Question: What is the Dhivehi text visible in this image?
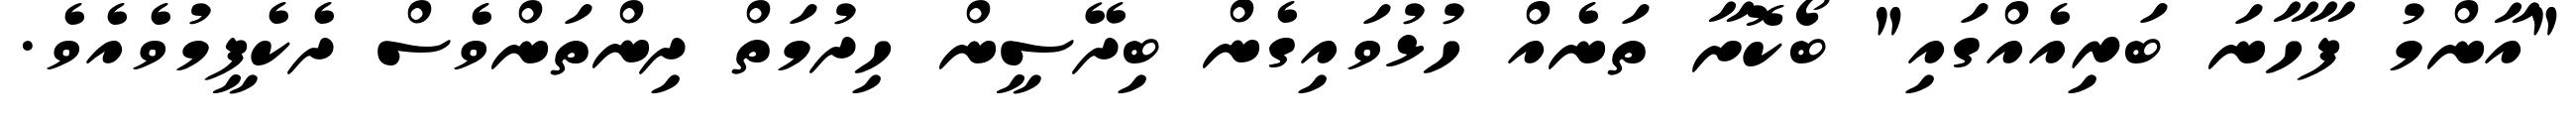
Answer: "އާންމު ފާހާނަ ބަރިއެއްގައި" ބޯކޮށާ ތަނެއް ހުޅުވައިގެން ބިދޭސީން ހިދުމަތް ދިންތަންވެސް ދެކެފީމުވެއެވެ.